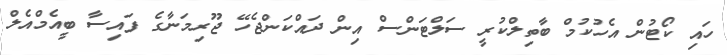
ހައި ކޯޓުން އެހުކުމް ބާތިލްކުރީ ސަލްޓަންސް އިން ދައްކަންޖެހޭ ޖޫރިމަނާގެ ފައިސާ ބީއެމްއެލް